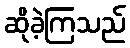
ဆိုခဲ့ကြသည်